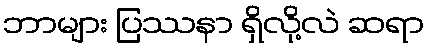
ဘာများ ပြဿနာ ရှိလို့လဲ ဆရာ